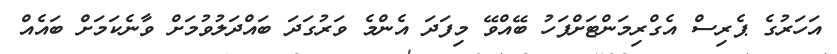
އަހަރުގެ ޕެރިސް އެގްރިމަންޓަށްފަހު ބޭއްވޭ މިފަދަ އެންމެ ވަރުގަދަ ބައްދަލުވުމަށް ވާނެކަމަށް ބައެއް